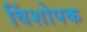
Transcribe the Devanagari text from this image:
विंशोपक